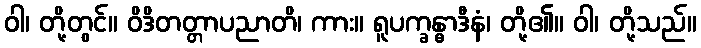
ဝါ၊ တို့တွင်။ ဝိဒိတတ္တာပညာတိ၊ ကား။ ရူပက္ခန္ဓာဒီနံ၊ တို့၏။ ဝါ၊ တို့သည်။